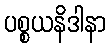
ပစ္စယနိဒါနာ